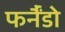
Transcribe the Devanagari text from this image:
फर्नैंडो